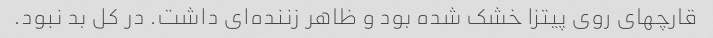
قارچهای روی پیتزا خشک شده بود و ظاهر زننده‌ای داشت. در کل بد نبود.